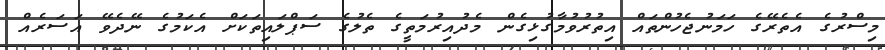
މިސްރުގެ އެތެރޭގެ ހަމަނުޖެހުންތައް އިތުރުވުމާގުޅިގެން މެދުއިރުމަތީގެ ތެލުގެ ސަޕްލައިތަކަށް އެކަމުގެ ނޭދެވޭ އަސަރެއް